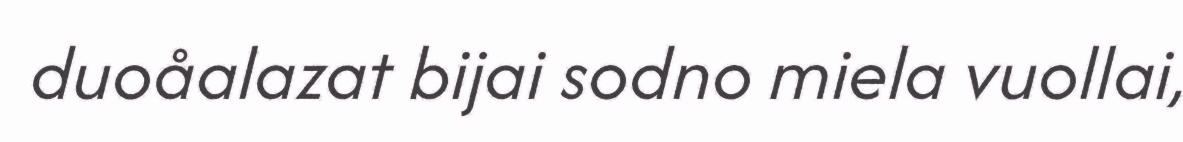
duoåalazat bijai sodno miela vuollai,